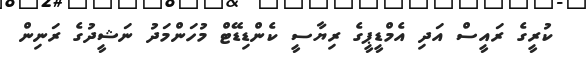
ކުރީގެ ރައީސް އަދި އެމްޑީޕީގެ ރިޔާސީ ކެންޑިޑޭޓް މުހަންމަދު ނަޝީދުގެ ރަނިން